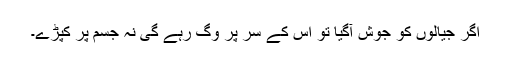
اگر جیالوں کو جوش آگیا تو اُس کے سَر پر وِگ رہے گی نہ جسم پر کپڑے۔